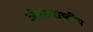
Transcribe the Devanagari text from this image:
अंतराराष्ट्रीय